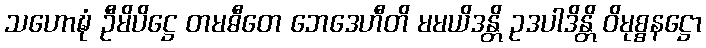
သဟောဍ္ဎံ ဦမိပိဋ္ဌေ တမဓီတေ ဘေဒေဟီတိ မမယိဒန္တိ ဥဒပါဒိန္တိ ဝိမုစ္စနဋ္ဌော